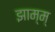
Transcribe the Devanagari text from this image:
झाम्म्